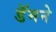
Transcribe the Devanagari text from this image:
डॅमने